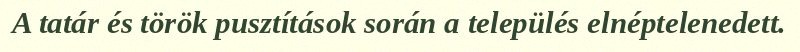
A tatár és török pusztítások során a település elnéptelenedett.